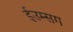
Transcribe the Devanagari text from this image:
ईउम्सग